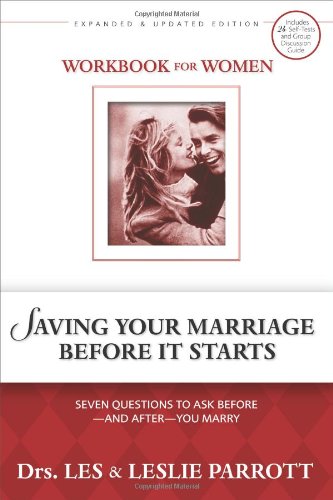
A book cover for Saving Your Marriage Before It Starts Workbook for Women: Seven Questions to Ask Before---and After---You Marry; Les Parrott; Parenting & Relationships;